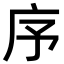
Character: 序